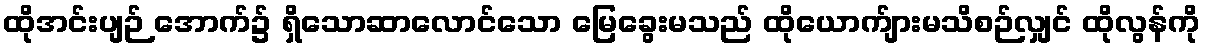
ထိုအင်းပျဉ် အောက်၌ ရှိသောဆာလောင်သော မြေခွေးမသည် ထိုယောက်ျားမသိစဉ်လျှင် ထိုလွန်ကို